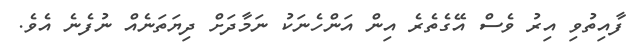
ފާއިތުވި އިރު ވެސް އޭގެތެރެ އިން އަންހެނަކު ނަމާދަށް ދިޔަތަނެއް ނުފެނެ އެވެ.